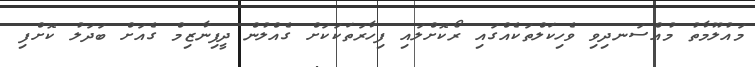
މައުލޫމާތު މުއްސަނދިވި ވެހިކަލްތަކެއްގައި ރޯކޮށްލައި ފިހާރަތަކަކަށް ގެއްލުން ދީފިނާޒިމް ގެއަށް ބަދަލު ކޮށްފި